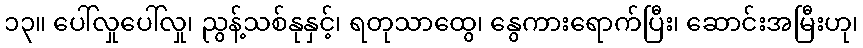
၁၃။ ပေါ်လှုပေါ်လှု၊ ညွန့်သစ်နုနှင့်၊ ရတုသာထွေ၊ နွေကားရောက်ပြီး၊ ဆောင်းအမြီးဟု၊